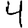
Digit: 4